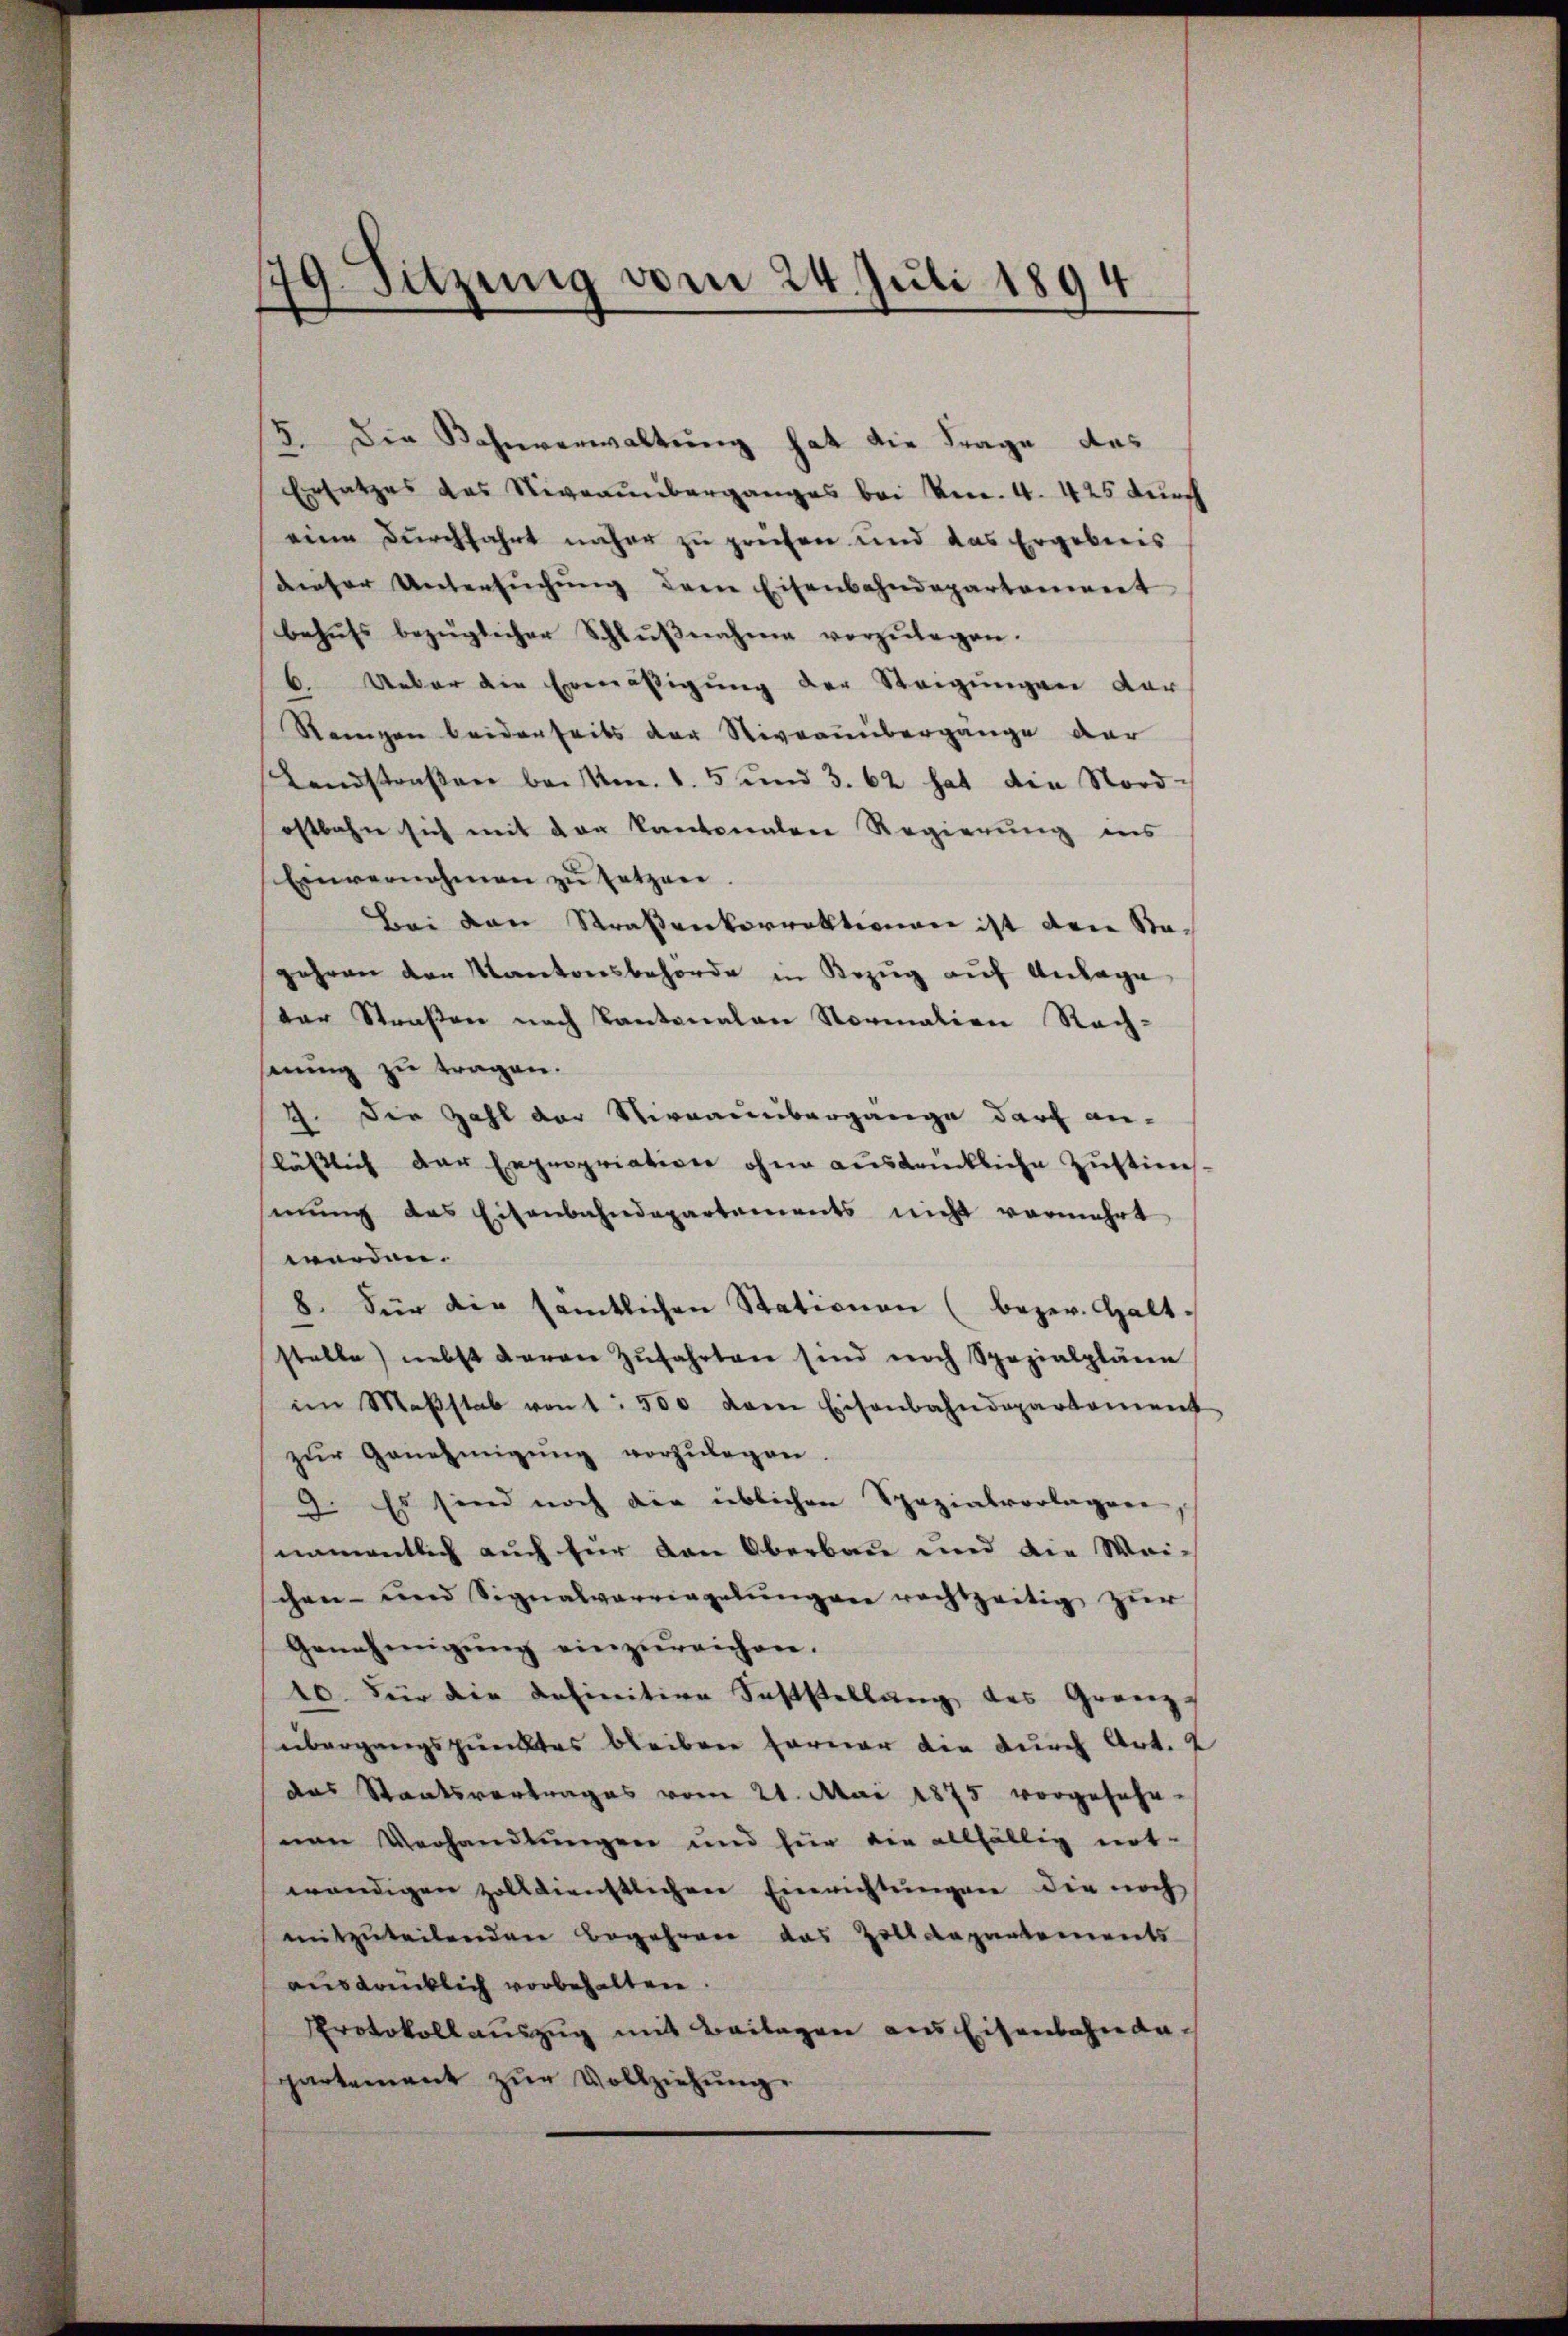
5. Die Kahnverwaltung hat die Frage des
Ersatzes des Niveauüberganges bei Ven. 4. 425 durch
eine Durchfahrt näher zu prüfen und das Ergebenes
dieser Untersŭchŭng dem Eisenbahndepartement
behŭfs bezüglicher Schlŭβnahme vorzŭlegen.
6. Ueber die Ermäßigung der Steigungen dar
Steigen beiderseits der Niveauübergänge der
Landstraßen bei Am. 1. 5 und 3. 62 hat die Nordostbahn sich mit von kantonalen Regierung ins
Einvernehmen zŭ setzen.
Bei den Strassenkorrektionen ist den Sta-
gehren der Kantonsbehörde in Bezug auf Anlage
der Straßen nach Kantonalen Normalien Rach-
nung zu tragen.
2. Die Zahl der Vernaunbergange darf an-
lässlich der Expropriation ohne ausdrückliche Zustimmung des Eisenbahndepartements nicht vermehrt
werden.
8. Für die sämtlichen Stationen (bezer. Halt-
stelle) nebst davon Zŭfahrten sind noch Spezialpläne
im Maβstab von 1 500 dem Eisenbahndepartement
zŭr Genehmigŭng vorzŭlegen.
9. Es sind noch die üblichen Spezialvorlagen,
namentlich auch für den Oberbau und die Wei-
chen- und Signalvorringelung ver rechtzeitig zur
Genehmigŭng einzŭreichen.
10. Für die definition Feststellung des Granz
übergangspunktes bleiben Farner die durch Art. 2
das Staatsvertrages vom 21. Mai 1875 vorgesehe-
nen Verhandlungen und für die allfällig not-
wendigen zolldienstlichen Einrichtungen die noch
mitzuteilenden Begehren das Zolldepartements
auskänklich vorbehalten.
Protokollauszug mit Beilagen aus Eisenbahnan-
partement zur Vollziehung.

179. Sitzung vom 24. Juli 1894